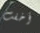
أخفت